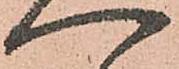
へ